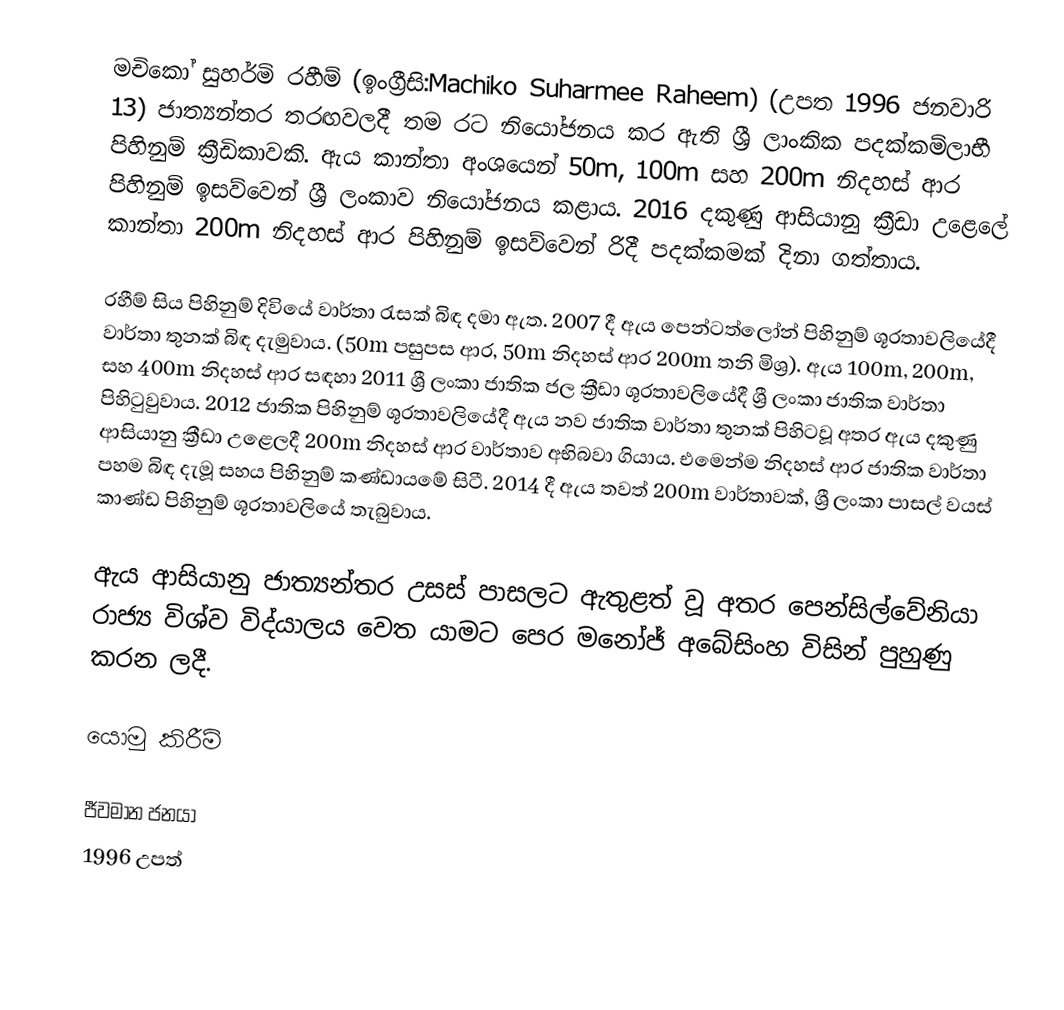
මචිකෝ සුහර්මි රහීම් (ඉංග්‍රීසි:Machiko Suharmee Raheem) (උපත 1996 ජනවාරි 13) ජාත්‍යන්තර තරඟවලදී තම රට නියෝජනය කර ඇති ශ්‍රී ලාංකික පදක්කම්ලාභී පිහිනුම් ක්‍රීඩිකාවකි. ඇය කාන්තා අංශයෙන් 50m, 100m සහ 200m නිදහස් ආර පිහිනුම් ඉසව්වෙන් ශ්‍රී ලංකාව නියෝජනය කළාය. 2016 දකුණු ආසියානු ක්‍රීඩා උළෙලේ කාන්තා 200m නිදහස් ආර පිහිනුම් ඉසව්වෙන් රිදී පදක්කමක් දිනා ගත්තාය.

රහීම් සිය පිහිනුම් දිවියේ වාර්තා රැසක් බිඳ දමා ඇත. 2007 දී ඇය පෙන්ටත්ලෝන් පිහිනුම් ශූරතාවලියේදී වාර්තා තුනක් බිඳ දැමුවාය. (50m පසුපස ආර, 50m නිදහස් ආර 200m තනි මිශ්‍ර). ඇය 100m,  200m, සහ 400m නිදහස් ආර සඳහා  2011 ශ්‍රී ලංකා ජාතික ජල ක්‍රීඩා ශූරතාවලියේදී ශ්‍රී ලංකා ජාතික වාර්තා පිහිටුවුවාය. 2012 ජාතික පිහිනුම් ශූරතාවලියේදී ඇය නව ජාතික වාර්තා තුනක් පිහිටවූ අතර ඇය දකුණු ආසියානු ක්‍රීඩා උළෙලදී 200m නිදහස් ආර වාර්තාව අභිබවා ගියාය. එමෙන්ම නිදහස් ආර ජාතික වාර්තා පහම බිඳ දැමූ සහය පිහිනුම් කණ්ඩායමේ සිටී. 2014 දී ඇය තවත් 200m වාර්තාවක්, ශ්‍රී ලංකා පාසල් වයස් කාණ්ඩ පිහිනුම් ශූරතාවලියේ තැබුවාය.

ඇය ආසියානු ජාත්‍යන්තර  උසස් පාසලට ඇතුළත් වූ අතර පෙන්සිල්වේනියා රාජ්‍ය විශ්ව විද්යාලය වෙත යාමට පෙර මනෝජ් අබේසිංහ විසින් පුහුණු කරන ලදී.

යොමු කිරීම්

ජීවමාන ජනයා
1996 උපත්